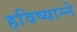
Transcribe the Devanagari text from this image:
हविष्यान्ने